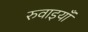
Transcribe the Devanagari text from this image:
रुवाइयाँ